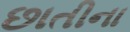
છાતીના